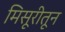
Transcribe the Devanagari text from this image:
मिसूरीतून